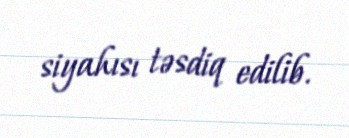
siyahısı təsdiq edilib.